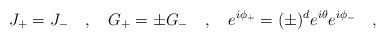
LaTeX: \begin{align*}J_+ = J_-\quad,\quad G_+ = \pm G_-\quad,\quad e^{i\phi_+} = (\pm)^de^{i\theta} e^{i\phi_-}\quad,\end{align*}